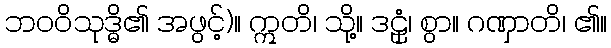
ဘဝဝိသုဒ္ဓိ၏ အဖွင့်)။ ဣတိ၊ သို့။ ဒဠှံ၊ စွာ။ ဂဏှာတိ၊ ၏။